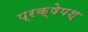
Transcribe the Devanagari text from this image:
प्रक्षेपश्